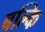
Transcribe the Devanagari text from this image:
बल्कि